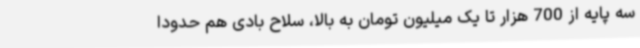
سه پایه از 700 هزار تا یک میلیون تومان به بالا، سلاح بادی هم حدودا